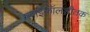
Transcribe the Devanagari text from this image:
ग्लाइकॉलशीतक